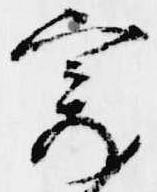
寄